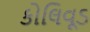
કોલિવૂડ